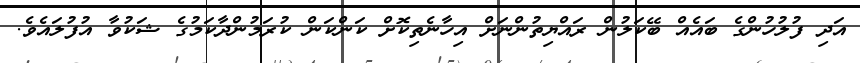
އަދި ފުލުހުންގެ ބައެއް ބޭކަލުން ރައްޔިތުންނަށް އިހާނެތިކޮށް ކަންކަން ކުރަމުންދާކަމުގެ ޝަކުވާ އުފުލައެވެ.